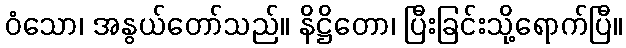
ဝံသော၊ အနွယ်တော်သည်။ နိဋ္ဌိတော၊ ပြီးခြင်းသို့ရောက်ပြီ။